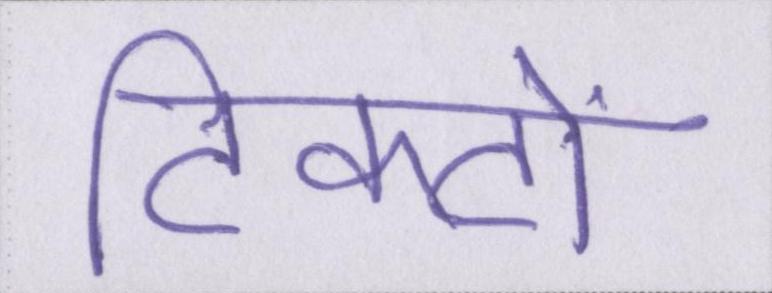
टिकटों